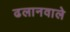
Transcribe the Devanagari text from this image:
ढलानवाले